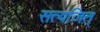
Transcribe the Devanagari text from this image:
सत्यजित्